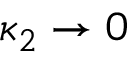
\kappa _ { 2 } \rightarrow 0